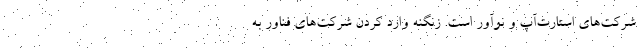
شرکت‌های استارت‌آپ و نوآور است. زنگنه وارد کردن شرکت‌های فناور به